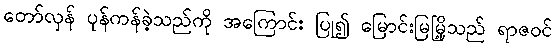
တော်လှန် ပုန်ကန်ခဲ့သည်ကို အကြောင်း ပြု၍ မြောင်းမြမြို့သည် ရာဇဝင်